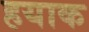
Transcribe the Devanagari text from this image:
हयाक